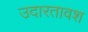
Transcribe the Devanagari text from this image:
उदारतावश